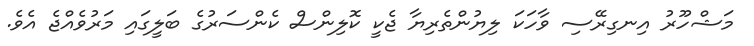
މަޝްހޫރު އިނގިރޭސި ވާހަކަ ލިޔުންތެރިޔާ ޖެކީ ކޮލިންސް ކެންސަރުގެ ބަލީގައި މަރުވެއްޖެ އެވެ.